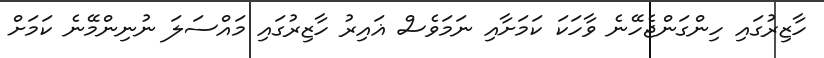
ހާޒިރުގައި ހިންގަންޖެހޭނެ ވާހަކަ ކަމަށާއި ނަމަވެސް ޣައިރު ހާޒިރުގައި މައްސަލަ ނުނިންމޭނެ ކަމަށް